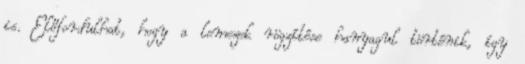
is. Előfordulhat, hogy a lemezek rögzítése hanyagul történik, így